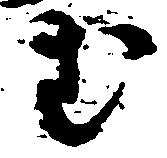
む